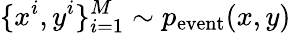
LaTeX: \{ x^{i},y^{i}\} _{i=1}^{M}\sim p_{\mathrm{event}}(x,y)